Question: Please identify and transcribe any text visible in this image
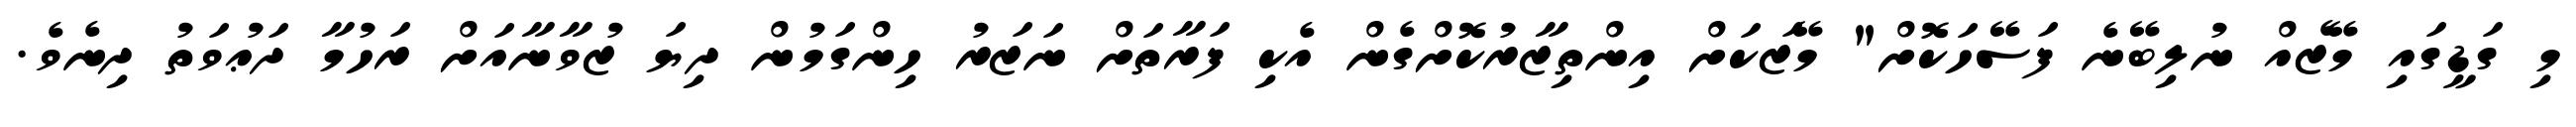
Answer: މި ގަޑީގައި މޭޒެއް ނުލިބޭނެ ފަސޭހަކޮށް" މޭޒަކަށް އިންތިޒާރުކޮށްގެން އެކި ފަރާތަށް ނަޒަރު ހިންގަމުން ދިޔަ ޒުވާނާއަށް ރަހުމާ ދަޢުވަތު ދިނެވެ.